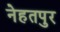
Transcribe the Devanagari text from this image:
नेहतपुर